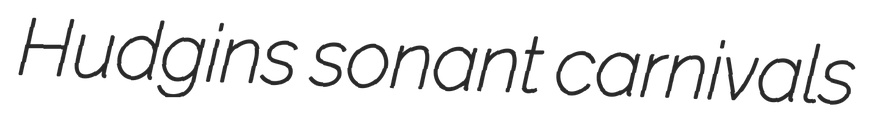
Hudgins sonant carnivals